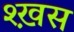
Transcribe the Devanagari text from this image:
श्ख़स